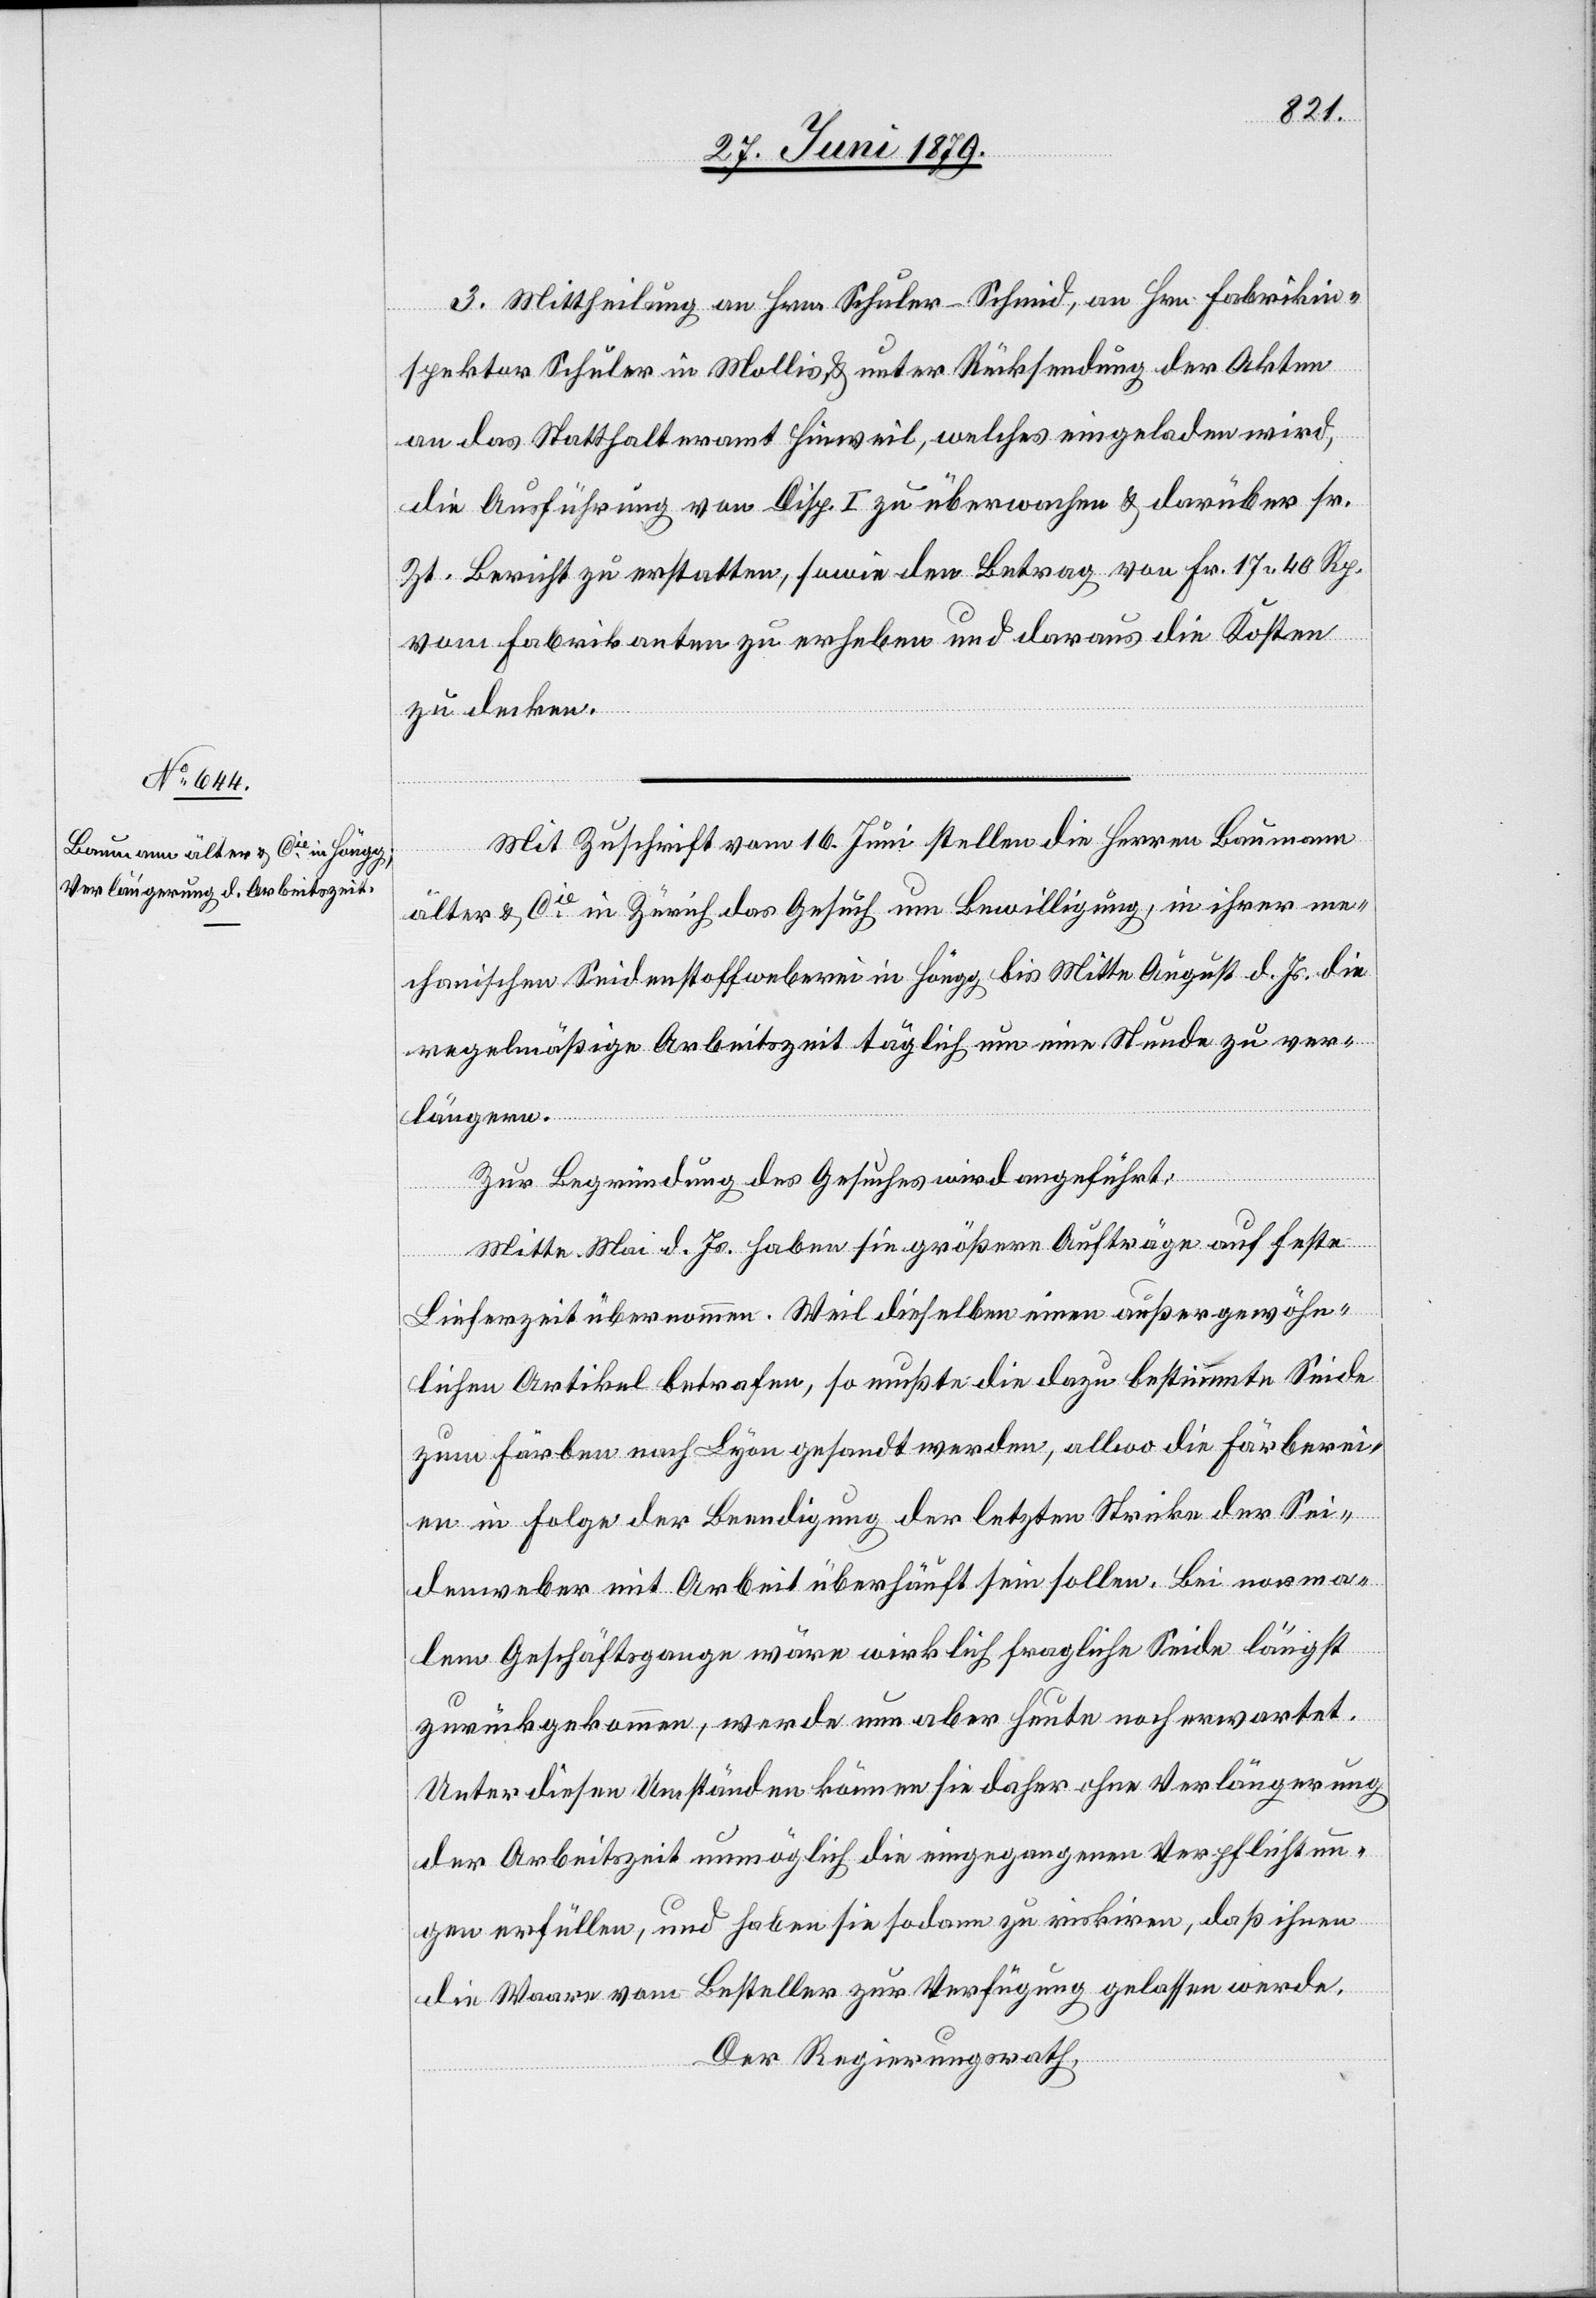
3. Mittheilung an Hrn. Schuler-Schmid, an Hrn. Fabrikin¬
spektor Schuler in Mollis, & unter Rücksendung der Akten
an das Statthalteramt Hinweil, welches eingeladen wird,
die Ausführung von Disp. I zu überwachen & darüber sr.
Zt. Bericht zu erstatten, sowie den Betrag von Fr. 17 40 Rp.
vom Fabrikanten zu erheben und daraus die Kosten
zu decken.
Mit Zuschrift vom 16. Juni stellen die Herren Baumann
älter & Cie in Zürich das Gesuch um Bewilligung, in ihrer me¬
chanischen Seidenstoffweberei in Höngg bis Mitte August d. Js. die
regelmäßige Arbeitszeit täglich um eine Stunde zu ver¬
längern.
Zur Begründung des Gesuches wird angeführt:
Mitte Mai d. Js. haben sie größere Aufträge auf feste
Lieferzeit übernommen. Weil dieselben einen außergewöhn¬
lichen Artikel betrafen, so mußte die dazu bestimmte Seide
zum Färben nach Lyon gesandt werden, allwo die Färberei¬
en in Folge der Beendigung der letzten Stricke der Sei¬
denweber mit Arbeit überhäuft sein sollen. Bei norma¬
lem Geschäftsgange wäre wirklich fragliche Seide längst
zurückgekommen, werde nun aber heute noch erwartet.
Unter diesen Umständen können sie daher ohne Verlängerung
der Arbeitszeit unmöglich die eingegangenen Verpflichtun¬
gen erfüllen, und haben sie sodann zu riskiren, daß ihnen
die Waare vom Besteller zur Verfügung gelassen werde.
Der Regierungsrath,